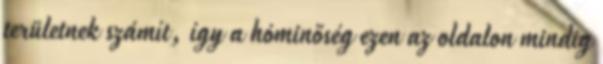
területnek számít, így a hóminőség ezen az oldalon mindig